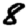
Digit: 8